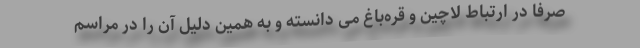
صرفا در ارتباط لاچین و قره‌باغ می دانسته و به همین دلیل آن را در مراسم